Report on vaccination in Madras 1895-1903 - 1895-1903
Year: 1895
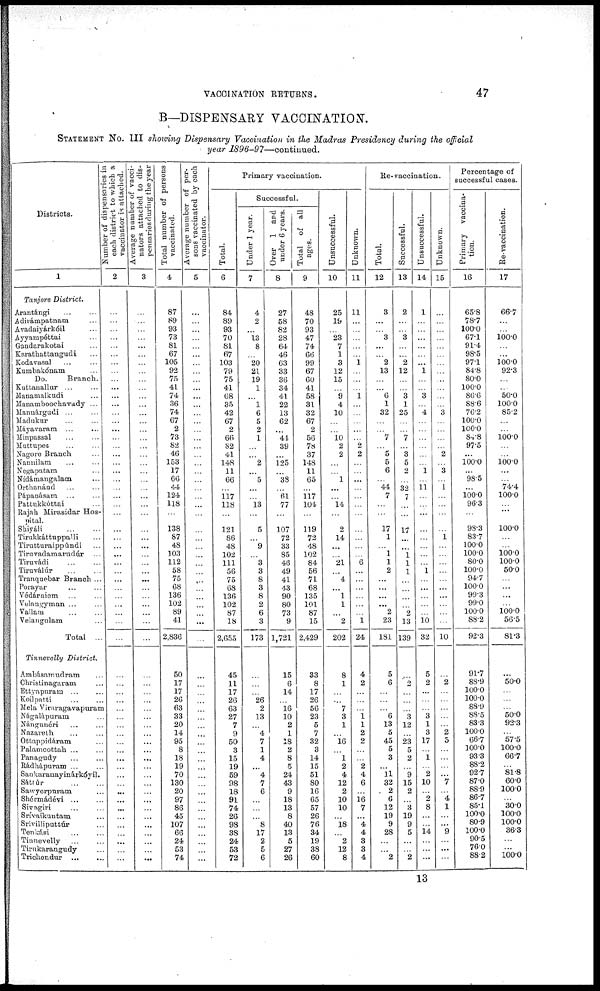
VACCINATION RETURNS.
47
B—DISPENSARY VACCINATION.
STATEMENT No. III showing Dispensary Vaccination in the Madras Presidency during the official
year 1896-97—continued.
Districts.
1
Tanjore District.
Arantángi ... ...
Adirámpatnam ...
Avadaiyárkóil ...
Ayyampéttai ...
Gràndarakotai ...
Karathattangudi ...
Kodavasal ... ...
Kumbakònam ...
Do.
Branch.
Kuttanallur ... ...
Manamalkudi ...
Manamboochavady ...
Mannàrgudi ... ...
Madukum ... ...
Máyavaram ... ...
Minpassal ... ...
Muttupet ... ...
Nagore Branch ...
Nannilam ... ...
Negapatam ...
Nídárnangalam ...
Orthanáud ... ...
Pápanásam ... ...
Pattukkóttai ... ...
Rajah Mirasidar Hos-
pital.
Shiyáli
...
...
Tirukkáttuppalli ...
Tirutturaippúndi ...
Tiruvadamarudúr
Tiruvádi ... ...
Tiruválúr ...
Tranquebar Branch ...
Porayar ... ...
Védárniem ... ...
Velangyman ...
Vallam ... ...
Velangulam ...
Total ...
Tinnevelly District.
Ambásamudram ...
Christinagaram ...
Ettyapuram
...
Koilpatti ... ...
Mela Viraragavapuram
Nágalápuram ...
Nángunéri ... ...
Nazareth ... ...
Ottappidáram ...
Palamcottah ... ...
Panagudy ... ...
Rádhápuram ... ...
Sankaranayinárkóyil.
Sáttúr
...
...
Sawyerpuram ...
Shérmádévi ... ...
Sivagiri ...
Srívaikuntam ...
Srívilliputtúr ...
Tenkási
...
...
Tinnevelly ... ...
Tirukarangudy ...
Trichendur
...
...
Number of dispensaries in
each district to which a
vaccinator is attached.
2
...
...
...
...
...
...
...
...
...
...
...
...
...
...
...
...
...
...
...
...
...
...
...
...
...
...
...
...
...
...
...
...
...
...
...
...
...
...
...
...
...
...
...
...
...
...
...
...
...
...
...
...
...
...
...
...
...
...
...
...
...
Average number of vacci¬
nators attached to dis-
pensaries during the year
3
...
...
...
...
...
...
...
...
...
...
...
...
...
...
...
...
...
...
...
...
...
...
...
...
...
...
...
...
...
...
...
...
...
...
...
...
...
...
...
...
...
...
...
...
...
...
...
...
...
...
...
...
...
...
...
...
...
...
...
...
...
Total number of persons
vaccinated.
4
87
89
93
73
81
67
105
92
75
41
74
36
74
67
2
73
82
46
153
17
66
44
124
118
...
138
87
48
103
112
58
75
68
136
102
89
41
2,836
50
17
17
26
63
33
20
14
95
8
18
19
70
130
20
97
86
45
107
66
24
53
74
Average number of per-
sons vaccinated by each
vaccinator.
5
...
...
...
...
...
...
...
...
...
...
...
...
...
...
...
...
...
...
...
...
...
...
...
...
...
...
...
...
...
...
...
...
...
...
...
...
...
...
...
...
...
...
...
...
...
...
...
...
...
...
...
...
...
...
...
...
...
...
...
...
...
Primary vaccination.
Total.
6
84
89
93
70
81
67
103
79
75
41
68
35
42
67
2
66
82
41
148
11
66
...
117
118
...
121
86
48
102
111
56
75
68
136
102
87
18
2,655
45
11
17
26
63
27
7
9
50
3
15
19
59
98
18
91
74
26
98
38
24
53
72
Successful.
Under 1 year.
7
4
2
...
13
8
...
20
21
19
1
...
1
6
5
2
1
...
...
2
...
5
...
...
13
...
5
...
9
...
3
3
8
3
8
2
6
3
173
...
...
...
26
2
13
...
4
7
1
4
...
4
7
6
...
...
...
8
17
2
5
6
Over 1 and
under 6 years.
8
27
58
82
28
64
46
63
33
36
34
41
22
13
62
...
44
39
...
125
...
38
...
61
77
...
107
72
33
85
46
49
41
43
90
80
73
9
1,721
15
6
14
...
16
10
2
1
18
2
8
5
24
43
9
18
13
8
40
13
5
27
26
Total of all
ages.
9
48
70
93
47
74
66
99
67
60
41
58
31
32
67
2
56
78
37
148
11
65
...
117
104
...
119
72
48
102
84
56
71
68
135
101
87
15
2,429
33
8
17
26
56
23
5
7
32
3
14
15
51
80
16
65
57
26
76
34
19
38
60
Unsuccessful.
10
25
19
...
23
7
1
3
12
15
...
9
4
10
...
...
10 2
2
...
...
1
...
...
14
...
2
14
...
...
21
...
4
...
1
1
...
2
202
8
1
...
...
7
3
1
...
16
...
1
2
4
12
2
10
10
...
18
...
2
12
8
Unknown.
11
11
...
...
...
...
...
1
...
...
...
1
...
...
...
...
...
2
2
...
...
...
...
...
...
...
...
...
...
...
6
...
...
...
...
...
...
1
24
4
2
...
...
...
1 1
2
2
...
...
2
4
6
...
16
7
...
...
4
3
3
4
Re-vaccination.
Total.
12
3
...
...
3
...
...
2
13
...
...
6 1
32
...
...
7
...
5
5
6
...
44
7
...
...
17
1
...
1
1
2
...
...
...
...
2
23
181
5
6
...
...
...
6
13
5
45
5
3
...
11
32
2
6
12
19
9
28
...
...
2
Successful.
13
2
...
...
3
...
...
2
12
...
...
3
1
25
...
...
7
...
3
5
2
...
32
7
...
...
17
...
...
1
1
1
...
...
...
...
2
13
139
...
2
...
...
...
3
12
...
23
5
2
...
9
15
2
...
3
19
9
5
...
...
2
Unsuccessful.
14
1
...
...
...
...
...
...
1
...
...
3
...
4
...
...
...
...
...
...
1
...
11
...
...
...
...
...
...
...
...
1
...
...
...
...
...
10
32
5
2
...
...
...
3
1
3
17
...
1
...
2
10
...
2
8
...
...
14
...
...
...
Unknown.
15
...
...
...
...
...
...
...
...
...
...
...
...
3
...
...
...
...
2
...
3
...
1
...
...
...
...
1
...
...
...
...
...
...
...
...
...
...
10
...
2
...
...
...
...
...
2
5
...
...
...
...
7
...
4
1
...
...
9
...
...
...
Percentage of
successful cases.
Primary vaccina¬
tion.
16
65.8
78.7
100.0
67.1
91.4
98.5
97.1
84.8
80.0
100.0
86.6
88.6
76.2
100.0
100.0
84.8
97.5
...
100.0
...
98.5
...
100.0
96.3
...
98.3
83.7
100.0
100.0
80.0
100.0
94.7
100.0
99.3
99.0
100.0
88.2
92.3
91.7
88.9
100.0
100.0
88.9
88.5
83.3
100.0
66.7
100.0
93.3
88.2
92.7
87.0
88.9
86.7
85.1
100.0
80.9
100.0
90.5
76.0
88.2
Re-vaccination.
17
66.7
...
...
100.0
...
...
100.0
92.3
...
...
50.0
100.0
85.2
...
...
100.0
...
...
100.0
...
...
74.4
100.0
...
...
100.0
...
...
100.0
100.0
50.0
...
...
...
...
100.0
56.5
81.3
...
50.0
...
...
...
50.0
92.3
...
57.5
100.0
66.7
...
81.8
60.0
100.0
...
30.0
100.0
100.0
36.3
...
...
100.0
13